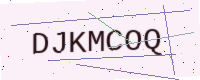
Text: DJKMCOQ